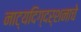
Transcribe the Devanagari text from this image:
नाट्यदिग्दर्शनाचे